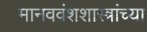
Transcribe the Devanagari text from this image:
मानववंशशास्त्रांच्या